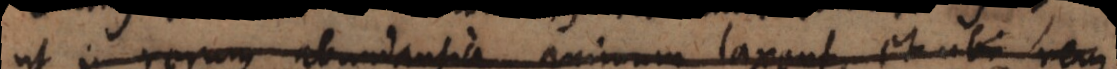
ut in rerum abundantia animum laxent, et